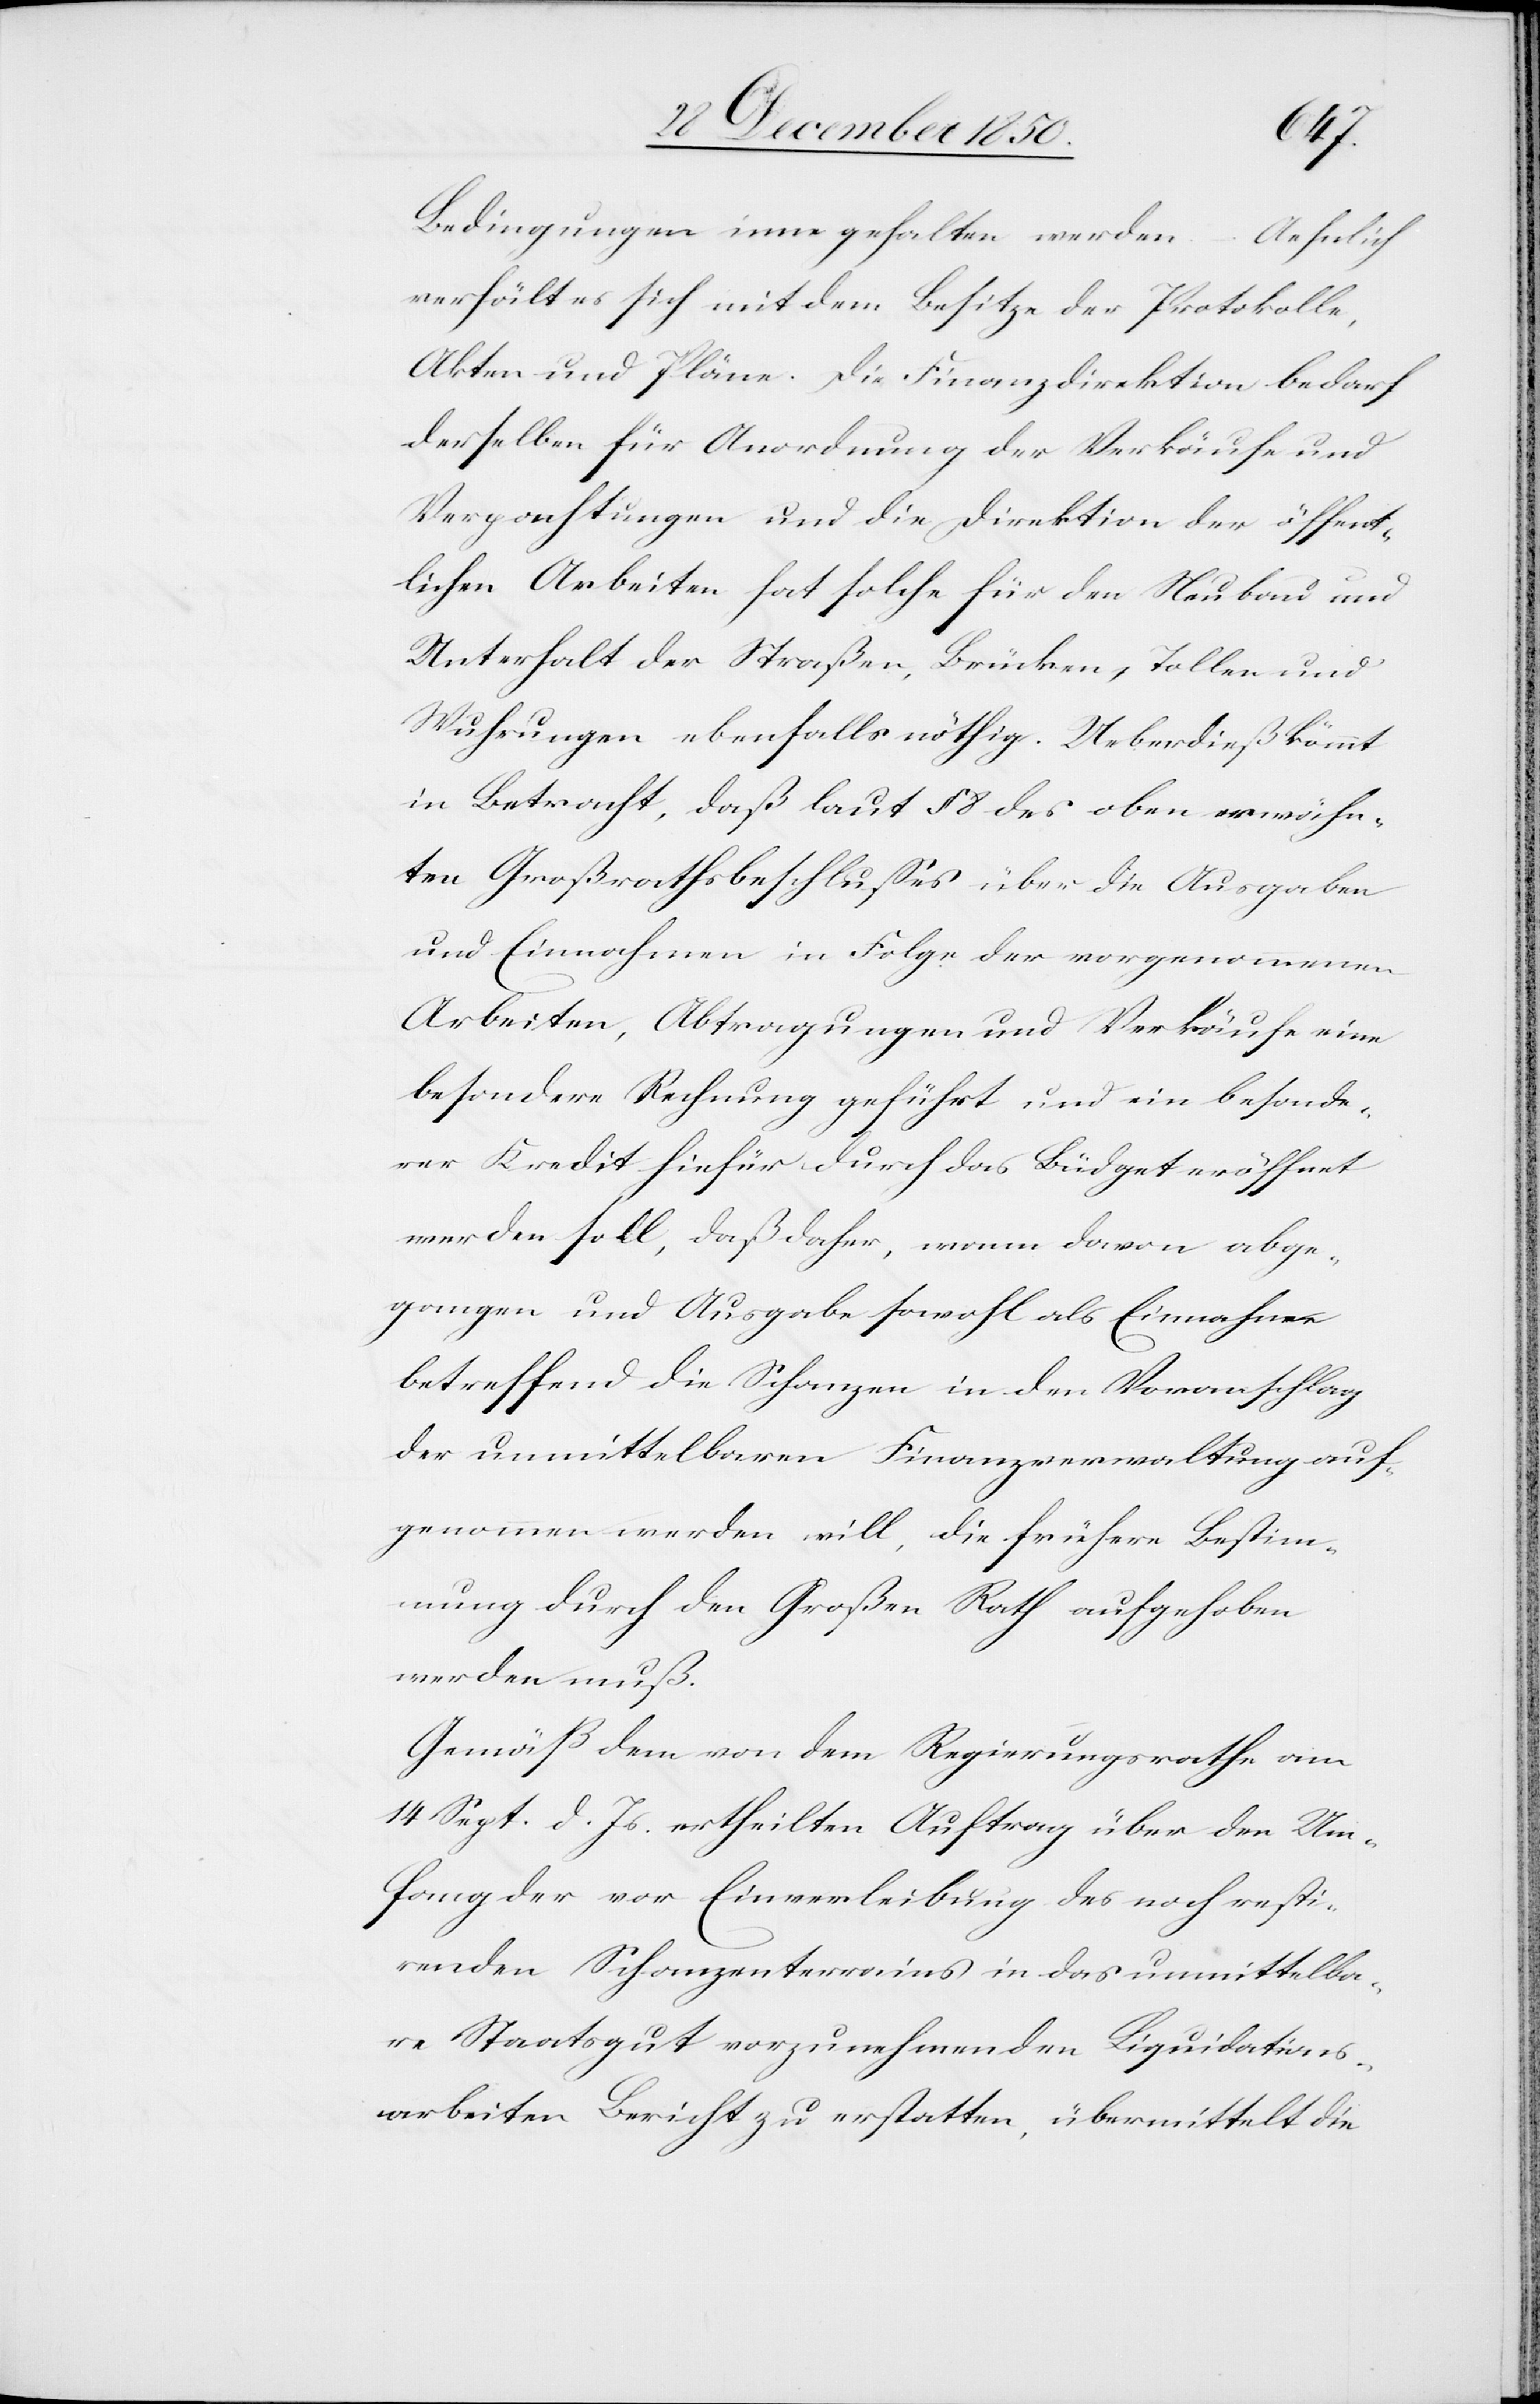
Bedingungen inne gehalten werden. – Aehnlich
verhält es sich mit dem Besitze der Protokolle,
Akten und Pläne. Die Finanzdirektion bedarf
derselben für Anordnung der Verkäufe und
Verpachtungen und die Direktion der öffent¬
lichen Arbeiten hat solche für den Neubau und
Unterhalt der Straßen, Brücken, Tollen und
Wuhrungen ebenfalls nöhtig. Ueberdieß kömmt
in Betracht, daß laut § 8 des oben erwähn¬
ten Großrathsbeschlusses über die Ausgaben
und Einnahmen in Folge der vorgenommenen
Arbeiten, Abtragungen und Verkäufe eine
besondere Rechnung geführt und ein besonde¬
rer Kredit hiefür durch das Büdget eröffnet
werden soll, daß daher, wenn davon abge¬
gangen und Ausgabe sowohl als Einnahme
betreffend die Schanzen in den Voranschlag
der unmittelbaren Finanzverwaltung auf¬
genommen werden will, die frühere Bestim¬
mung durch den Großen Rath aufgehoben
werden muß.
Gemäß dem von dem Regierungsrathe am
14 Sept. d. Js. ertheilten Auftrag über den Um¬
fang der vor Einverleibung des noch resti¬
renden Schanzenterrains in das unmittelba¬
re Staatsgut vorzunehmenden Liquidations¬
arbeiten Bericht zu erstatten, übermittelt die